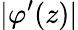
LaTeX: |\varphi^{\prime}(z)|